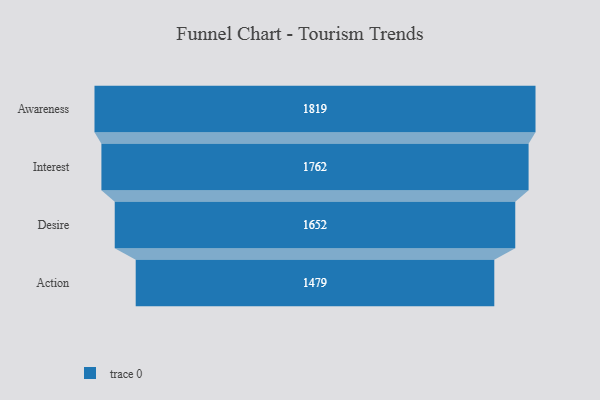
{"axis": {"x": "Stage", "y": "Value"}, "legend": [""], "data": [{"x": "Awareness", "y": 1819.0, "type": ""}, {"x": "Interest", "y": 1762.0, "type": ""}, {"x": "Desire", "y": 1652.0, "type": ""}, {"x": "Action", "y": 1479.0, "type": ""}]}